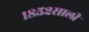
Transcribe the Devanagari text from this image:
१८५२साली